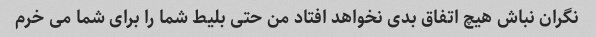
نگران نباش هیچ اتفاق بدی نخواهد افتاد من حتی بلیط شما را برای شما می خرم